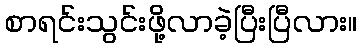
စာရင်းသွင်းဖို့လာခဲ့ပြီးပြီလား။